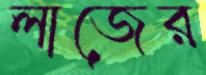
লাজের